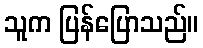
သူက ပြန်ပြောသည်။